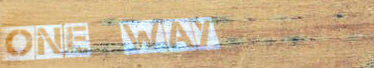
One Way